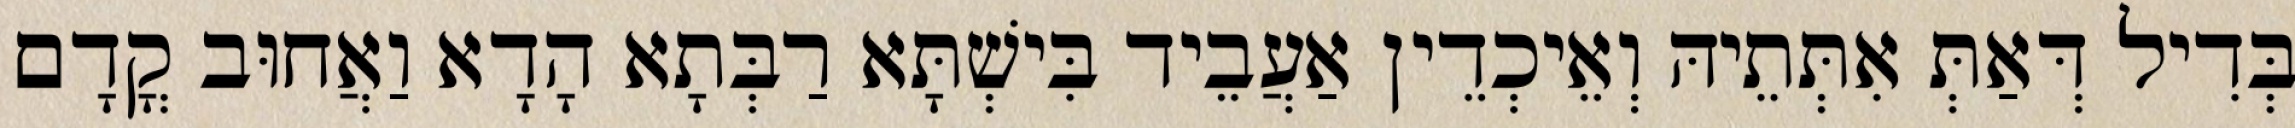
בְּדִיל דְּאַתְּ אִתְּתֵיהּ וְאֵיכְדֵין אַעֲבֵיד בִּישְׁתָּא רַבְּתָא הָדָא וַאֲחוּב קֳדָם